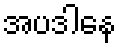
အပဒါနေ